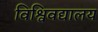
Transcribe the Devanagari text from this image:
विश्विवद्यालय